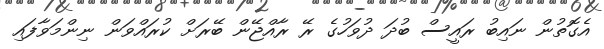
އެގޮތުން ނައިބު ރައީސް ބުދަ ދުވަހުގެ ރޭ ރާއްޖޭން ބޭރަށް ކުރައްވަން ނިންމަވާފައި